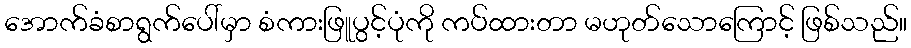
အောက်ခံစာရွက်ပေါ်မှာ စံကားဖြူပွင့်ပုံကို ကပ်ထားတာ မဟုတ်သောကြောင့် ဖြစ်သည်။